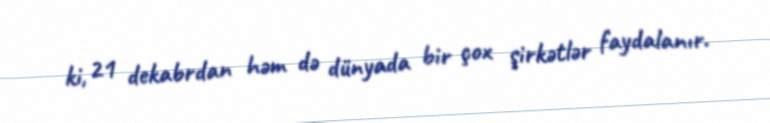
ki, 21 dekabrdan həm də dünyada bir çox şirkətlər faydalanır.